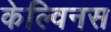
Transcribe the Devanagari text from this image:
केल्विनस